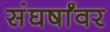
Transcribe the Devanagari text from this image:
संघर्षांवर